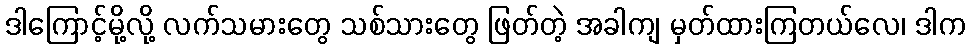
ဒါကြောင့်မို့လို့ လက်သမားတွေ သစ်သားတွေ ဖြတ်တဲ့ အခါကျ မှတ်ထားကြတယ်လေ၊ ဒါက